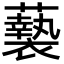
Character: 𮒸